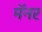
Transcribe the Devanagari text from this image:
मॅनर